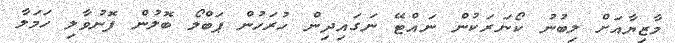
މާޒިޔާއަށް ލިބުނު ކޯނަރަކުން ނައްޓޭ ނަގައިދިން ހުރަހުން ޕަބްލޯ ބޮލުން ފޮނުވާލި ހަމަލާ